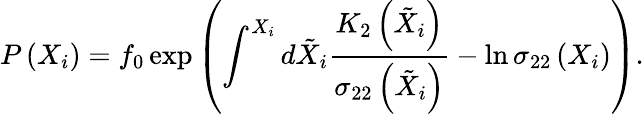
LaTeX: P\left(X_{i}\right)=f_{0}\exp{\left(\int^{X_{i}}d\tilde{X}_{i}\frac{K_{2}\left(\tilde{X}_{i}\right)}{\sigma_{22}\left(\tilde{X}_{i}\right)}-\ln\sigma_{22}\left(X_{i}\right)\right)}.